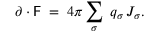
\partial \cdot { \sf F } \; = \; 4 \pi \sum _ { \sigma } \; q _ { \sigma } \, J _ { \sigma } .